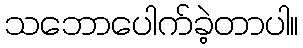
သဘောပေါက်ခဲ့တာပါ။